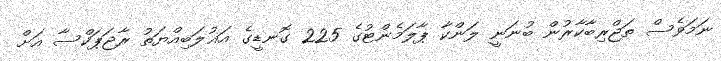
ނަމަވެސް ތަޖްރިބާކާރުން ބުނަނީ ލަންކާ ޕާލަމެންޓުގެ 225 ގޮނޑީގެ އަޣުލަބިއްޔަތު ރާޖަޕަކްސާ އަށް